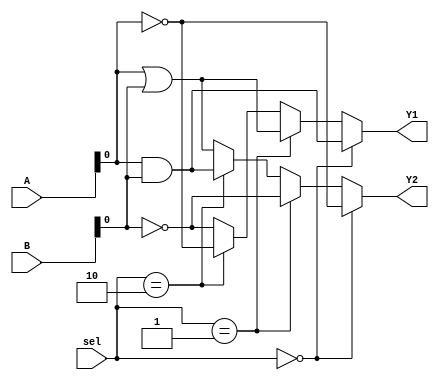
module CLB (
    input wire [3:0] A,       // 4-bit input A
    input wire [3:0] B,       // 4-bit input B
    input wire [1:0] sel,     // Control signal to select logic operation
    output wire Y1,           // Output for logic operation 1
    output wire Y2            // Output for logic operation 2
);

// Shared Logic Resources
wire and_out;               // AND gate output
wire or_out;                // OR gate output
wire not_a;                 // NOT gate output for input A
wire not_b;                 // NOT gate output for input B

// Logic Operations
assign and_out = A & B;     // AND operation
assign or_out = A | B;      // OR operation
assign not_a = ~A;          // NOT operation on A
assign not_b = ~B;          // NOT operation on B

// Multiplexer for Output Selection
assign Y1 = (sel == 2'b00) ? and_out :   // Select AND output
            (sel == 2'b01) ? or_out :    // Select OR output
            (sel == 2'b10) ? not_a :     // Select NOT A output
            not_b;                       // Select NOT B output

// Second Output Logic (could be overlapping with Y1)
assign Y2 = (sel == 2'b00) ? not_a :     // Select NOT A for Y2
            (sel == 2'b01) ? not_b :     // Select NOT B for Y2
            (sel == 2'b10) ? and_out :   // Select AND output for Y2
            or_out;                     // Select OR output for Y2

endmodule